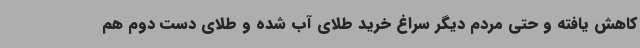
کاهش یافته و حتی مردم دیگر سراغ خرید طلای آب شده و طلای دست دوم هم